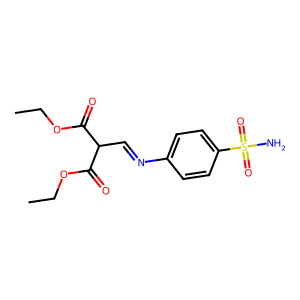
SMILES: CCOC(=O)C(C=Nc1ccc(S(N)(=O)=O)cc1)C(=O)OCC
Inhibits HIV replication: No